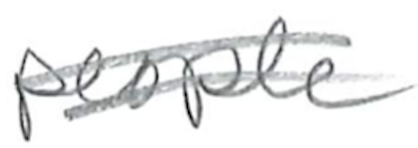
Text: people
Cross-out: double-line
Writing tool: pencil